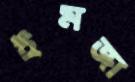
ইমজা